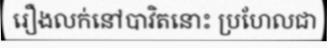
រឿងលក់នៅបាវិតនោះ ប្រហែលជា